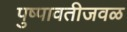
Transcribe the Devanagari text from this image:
पुष्पावतीजवळ